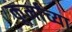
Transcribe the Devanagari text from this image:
कूर्मांच्या